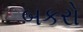
બકરો